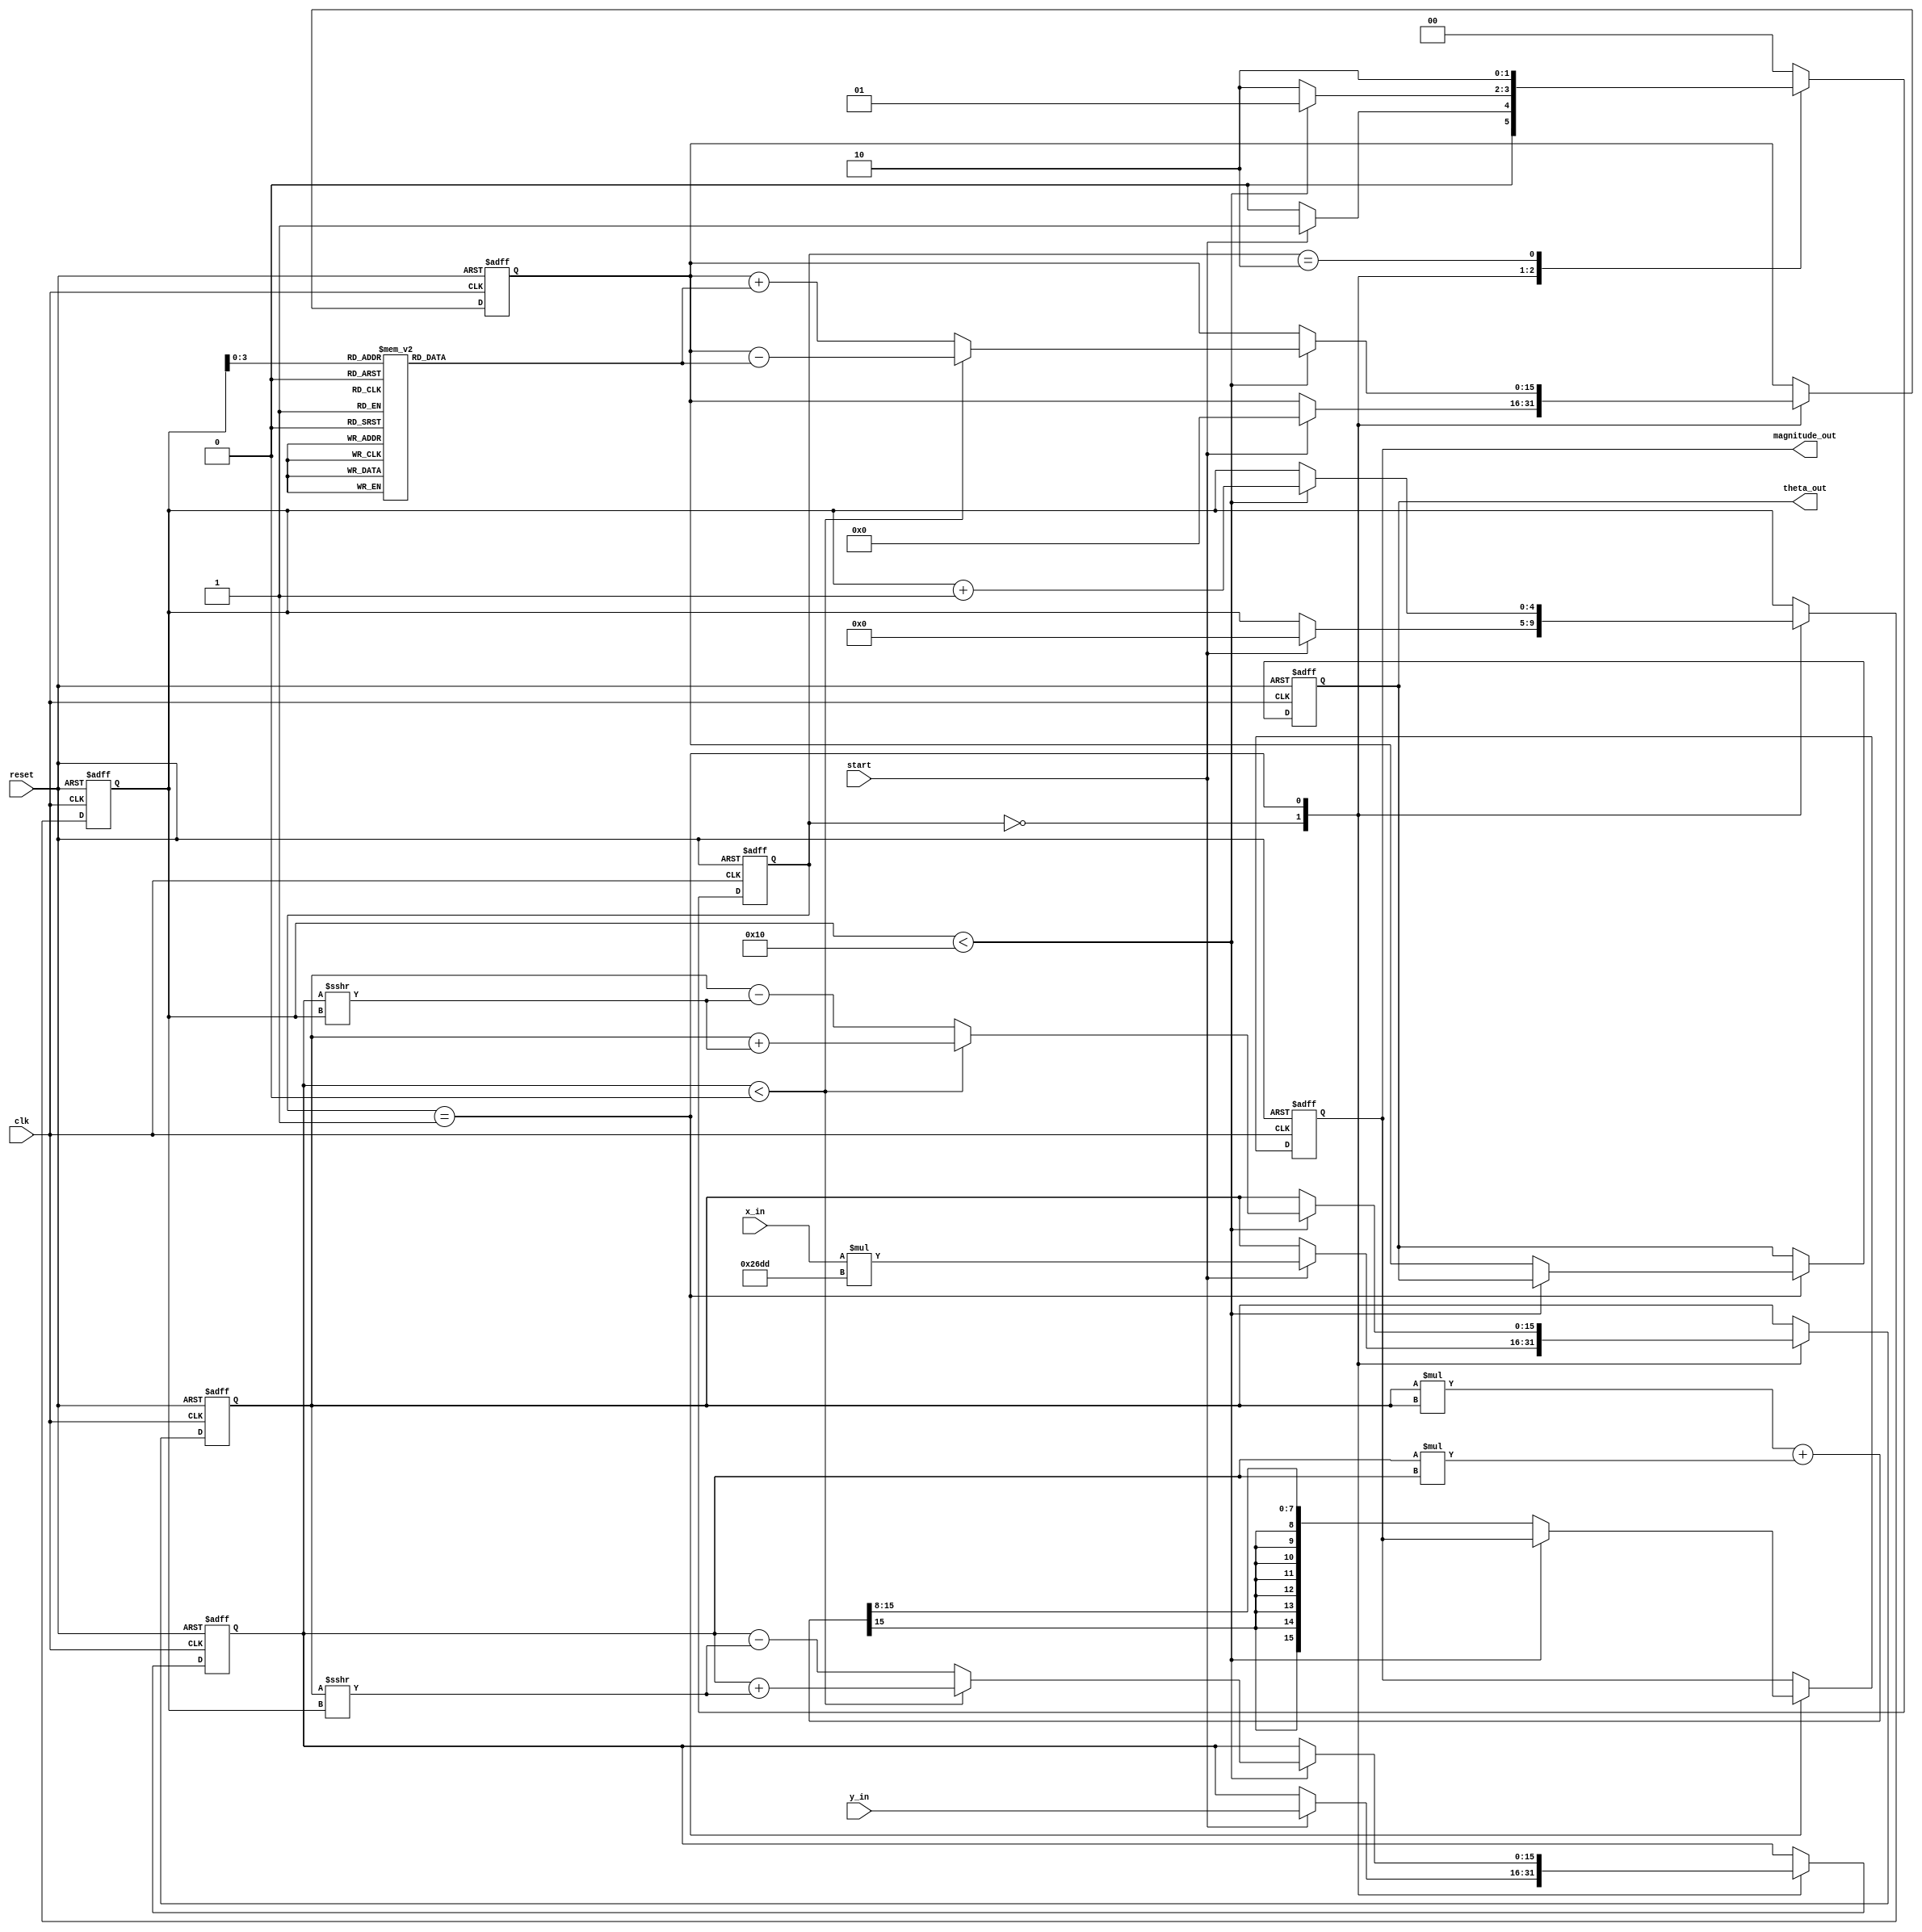
module vectoring_cordic #(
    parameter WIDTH = 16,          // Total bit width for fixed-point representation
    parameter ITERATIONS = 16      // Number of CORDIC iterations
)(
    input wire signed [WIDTH-1:0] x_in,     // Input x-coordinate
    input wire signed [WIDTH-1:0] y_in,     // Input y-coordinate
    input wire start,                       // Start signal
    input wire reset,                       // Asynchronous reset
    input wire clk,                         // Clock signal
    output reg signed [WIDTH-1:0] theta_out, // Output angle
    output reg signed [WIDTH-1:0] magnitude_out // Output magnitude
);

    // Internal registers
    reg signed [WIDTH-1:0] x;               // Current x value
    reg signed [WIDTH-1:0] y;               // Current y value
    reg signed [WIDTH-1:0] theta;           // Accumulated angle
    reg [4:0] iteration_count;               // Iteration counter
    reg [1:0] state;                        // State machine
    reg [1:0] next_state;                   // Next state

    // CORDIC gain (for 16 iterations)
    localparam signed [WIDTH-1:0] K = 16'h26DD; // Approximation of 1/sqrt(2)

    // Precomputed arctangent values for each iteration
    reg signed [WIDTH-1:0] atan_table [0:ITERATIONS-1];
    initial begin
        atan_table[0] = 16'h2000; // atan(2^-0) = 45 degrees
        atan_table[1] = 16'h1333; // atan(2^-1) = 26.565 degrees
        atan_table[2] = 16'h0A3D; // atan(2^-2) = 14.036 degrees
        atan_table[3] = 16'h0519; // atan(2^-3) = 7.125 degrees
        atan_table[4] = 16'h028B; // atan(2^-4) = 3.576 degrees
        atan_table[5] = 16'h0143; // atan(2^-5) = 1.789 degrees
        atan_table[6] = 16'h00A2; // atan(2^-6) = 0.463 degrees
        atan_table[7] = 16'h0051; // atan(2^-7) = 0.244 degrees
        atan_table[8] = 16'h0028; // atan(2^-8) = 0.124 degrees
        atan_table[9] = 16'h0014; // atan(2^-9) = 0.062 degrees
        atan_table[10] = 16'h000A; // atan(2^-10) = 0.031 degrees
        atan_table[11] = 16'h0005; // atan(2^-11) = 0.016 degrees
        atan_table[12] = 16'h0002; // atan(2^-12) = 0.008 degrees
        atan_table[13] = 16'h0001; // atan(2^-13) = 0.004 degrees
        atan_table[14] = 16'h0000; // atan(2^-14) = 0.002 degrees
        atan_table[15] = 16'h0000; // atan(2^-15) = 0.001 degrees
    end

    // State encoding
    localparam IDLE = 2'b00;
    localparam COMPUTE = 2'b01;
    localparam DONE = 2'b10;

    // State machine
    always @(posedge clk or posedge reset) begin
        if (reset) begin
            state <= IDLE;
            iteration_count <= 0;
            x <= 0;
            y <= 0;
            theta <= 0;
            theta_out <= 0;
            magnitude_out <= 0;
        end else begin
            state <= next_state;
            case (state)
                IDLE: begin
                    if (start) begin
                        x <= x_in * K; // Scale input x
                        y <= y_in;     // Input y
                        theta <= 0;    // Reset theta
                        iteration_count <= 0; // Reset iteration count
                    end
                end
                COMPUTE: begin
                    if (iteration_count < ITERATIONS) begin
                        if (y < 0) begin
                            // Rotate clockwise
                            x <= x + (y >>> iteration_count);
                            y <= y + (x >>> iteration_count);
                            theta <= theta - atan_table[iteration_count];
                        end else begin
                            // Rotate counter-clockwise
                            x <= x - (y >>> iteration_count);
                            y <= y - (x >>> iteration_count);
                            theta <= theta + atan_table[iteration_count];
                        end
                        iteration_count <= iteration_count + 1;
                    end else begin
                        // Compute magnitude
                        magnitude_out <= (x * x + y * y) >>> (WIDTH/2);
                        theta_out <= theta; // Output final theta
                    end
                end
                DONE: begin
                    // Stay in DONE state
                end
            endcase
        end
    end

    // Next state logic
    always @(*) begin
        case (state)
            IDLE: next_state = start ? COMPUTE : IDLE;
            COMPUTE: next_state = (iteration_count < ITERATIONS) ? COMPUTE : DONE;
            DONE: next_state = DONE;
            default: next_state = IDLE;
        endcase
    end

endmodule